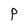
Character: P